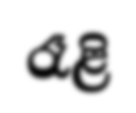
රෑළි